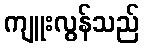
ကျူးလွန်သည်